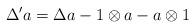
LaTeX: \begin{align*}\Delta' a=\Delta a -1\otimes a-a\otimes 1\end{align*}